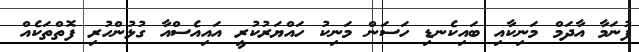
ފުނަމާ އާދަމް މަނިކާއި ބައިކެނޑި ހަސަން މަނިކު ހައްޔަރުކުރީ އައިއެސްއާ ގުޅުންހުރި ފޮތްތަކެއް